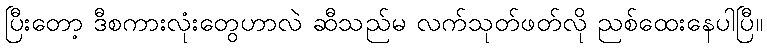
ပြီးတော့ ဒီစကားလုံးတွေဟာလဲ ဆီသည်မ လက်သုတ်ဖတ်လို ညစ်ထေးနေပါပြီ။